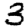
Digit: 3